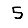
Digit: 5